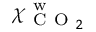
\chi _ { \mathrm { ~ C ~ O ~ } _ { 2 } } ^ { \mathrm { ~ w ~ } }